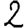
Digit: 2